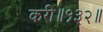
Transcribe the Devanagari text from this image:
करी॥१३२॥